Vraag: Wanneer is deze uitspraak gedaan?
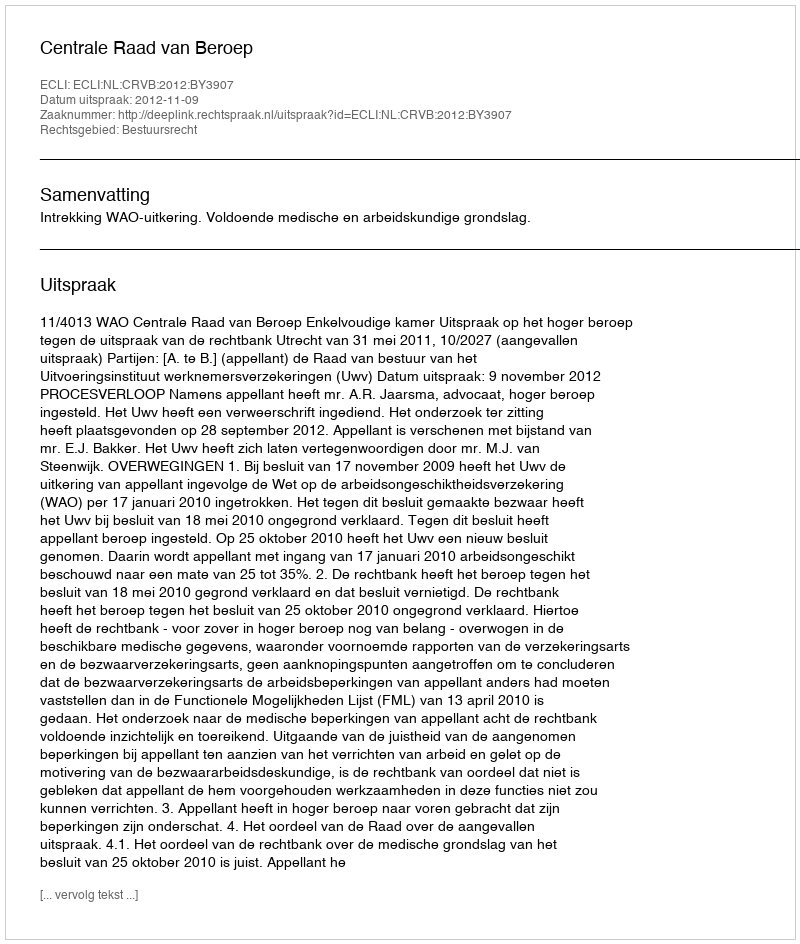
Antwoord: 2012-11-09